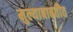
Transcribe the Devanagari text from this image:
मुल्याबाबतीत